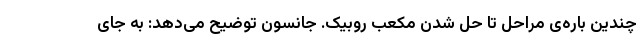
چندین باره‌ی مراحل تا حل شدن مکعب روبیک. جانسون توضیح می‌دهد: به جای